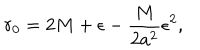
r _ { 0 } = 2 M + \epsilon - \frac { M } { 2 a ^ { 2 } } \epsilon ^ { 2 } ,